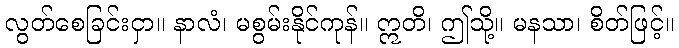
လွတ်စေခြင်းငှာ။ နာလံ၊ မစွမ်းနိုင်ကုန်။ ဣတိ၊ ဤသို့။ မနသာ၊ စိတ်ဖြင့်။